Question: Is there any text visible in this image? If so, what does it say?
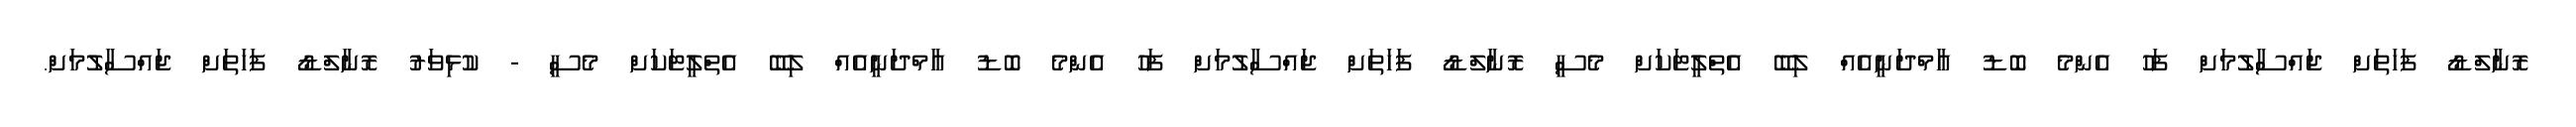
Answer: ރޮނާލްޑޯ ފަހަތަށް ޖައްސާލުމަށް ފަހު އެންމެ ބޮޑު އާމްދަނީއެއް ލިބޭ އެތްލީޓަކަށް މެސީ ރޮނާލްޑޯ ފަހަތަށް ޖައްސާލުމަށް ފަހު އެންމެ ބޮޑު އާމްދަނީއެއް ލިބޭ އެތްލީޓަކަށް މެސީ - ކުޅިވަރު ރޮނާލްޑޯ ފަހަތަށް ޖައްސާލުމަށް.